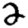
Digit: 2